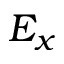
E _ { x }